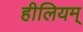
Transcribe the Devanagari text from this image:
हीलियम्